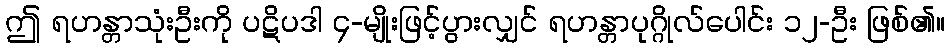
ဤ ရဟန္တာသုံးဦးကို ပဋိပဒါ ၄-မျိုးဖြင့်ပွားလျှင် ရဟန္တာပုဂ္ဂိုလ်ပေါင်း ၁၂-ဦး ဖြစ်၏။